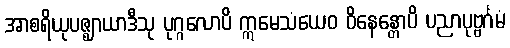
အာစရိယုပဇ္ဈာယာဒီသု ပုဂ္ဂလောပိ ဣမေသံယေဝ ဝိနေန္တောပိ ပညာပုဗ္ဗင်္ဂမံ